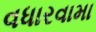
વધારવામા